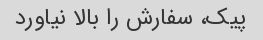
پیک، سفارش را بالا نیاورد